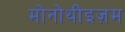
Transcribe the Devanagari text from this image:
मोनोथीइज़म